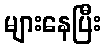
များနေပြီး